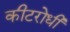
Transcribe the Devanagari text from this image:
कीटरोधी